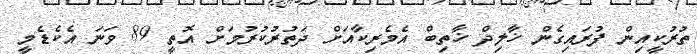
ތުރުކީއިން ފުރައިގެން ޚާލިދް ޚާތިބް އެމެރިކާއަށް ދަތުރުކުރުމަށް އޮތީ 89 ވަނަ އެކެޑެމީ